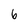
Character: 6